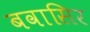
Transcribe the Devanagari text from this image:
बवासिर